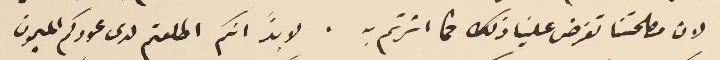
لان مصلحتنا تفرض علينا ذلك كما اشرتم به. لا بدَّ انكم اطلعتم لدى عودكم الميمون